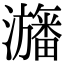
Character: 𤃳